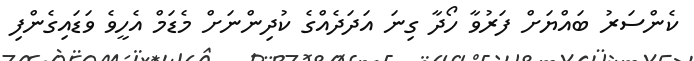
ކެންސަރު ބައްޔަށް ފަރުވާ ހޯދާ ގިނަ އަދަދެއްގެ ކުދިންނަށް މެޑަމް އެހީވެ ވަޑައިގެންފި